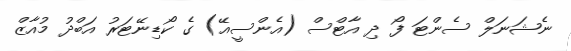
ނެޝަނަލް ސެންޓަ ފޯ ދި އާޓްސް (އެންސީއޭ) ގެ ކޯޑިނޭޓަރު އަބްދު މުއާޒް